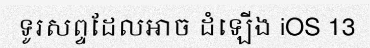
ទូរសព្ទដែលអាច ដំឡើង iOS 13